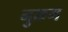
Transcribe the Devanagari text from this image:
नुक्रम